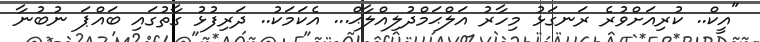
"އީކް.. ކުރިއަށްވުރެ ރަނގަޅު މިހާރު އަލްޙަމްދުލިއްލާޙް... އެކަމަކު.. ދަރިފުޅު ގާތުގައި ބައްޕަ ނުބުނާ